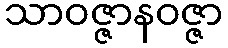
သာဝဇ္ဇာနဝဇ္ဇာ